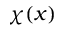
\chi ( x )